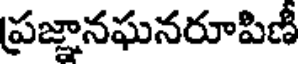
ప్రజ్ఞానఘనరూపిణీ